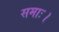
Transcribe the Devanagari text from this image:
समाः।